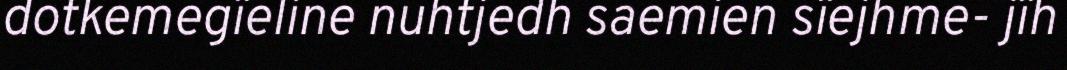
dotkemegïeline nuhtjedh saemien sïejhme- jïh